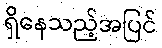
ရှိနေသည့်အပြင်